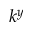
k ^ { y }